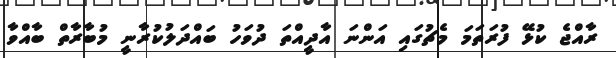
ރާއްޖެ ކުޅޭ ފުރަތަމަ މެޗުގައި އަންނަ އާދީއްތަ ދުވަހު ބައްދަލުކުރާނީ މުބާރާތް ބާއްވާ